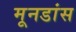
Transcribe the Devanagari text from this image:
मूनडांस